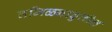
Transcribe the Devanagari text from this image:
तमिळनाडुतील